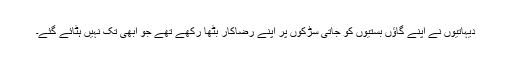
دیہاتیوں نے اپنے گاؤں بستیوں کو جاتی سڑکوں پر اپنے رضاکار بٹھا رکھے تھے جو ابھی تک نہیں ہٹائے گئے۔